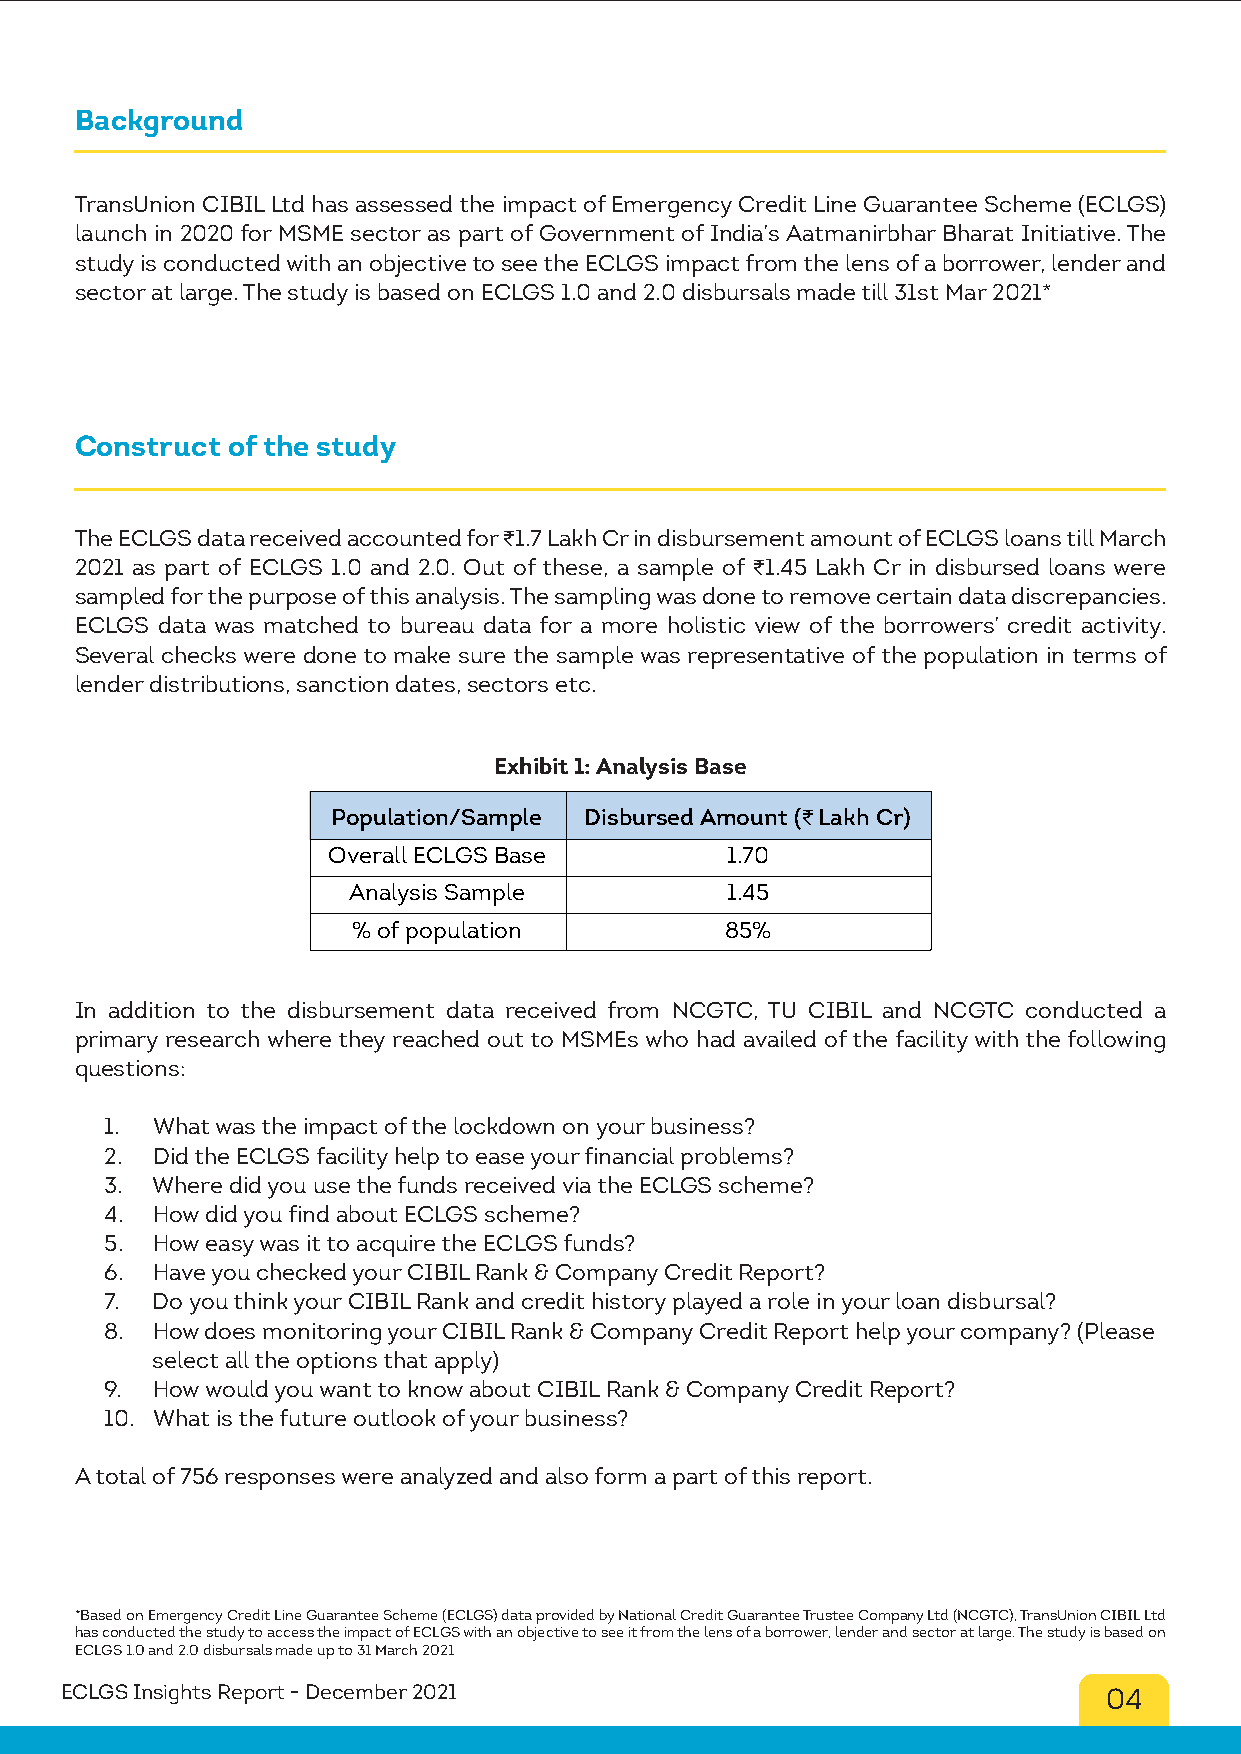
Background
 TransUnion CIBIL Ltd has assessed the impact of Emergency Credit Line Guarantee Scheme (ECLGS)
 launch in 2020 for MSME sector as part of Government of India’s Aatmanirbhar Bharat Initiative. The
 study is conducted with an objective to see the ECLGS impact from the lens of a borrower, lender and
 sector at large. The study is based on ECLGS 1.0 and 2.0 disbursals made till 31st Mar 2021*
 Construct of the study
 The ECLGS data received accounted for ₹1.7 Lakh Cr in disbursement amount of ECLGS loans till March
 2021 as part of ECLGS 1.0 and 2.0. Out of these, a sample of ₹1.45 Lakh Cr in disbursed loans were
 sampled for the purpose of this analysis. The sampling was done to remove certain data discrepancies.
 ECLGS data was matched to bureau data for a more holistic view of the borrowers’ credit activity.
 Several checks were done to make sure the sample was representative of the population in terms of
 lender distributions, sanction dates, sectors etc.
 Exhibit 1: Analysis Base
 Population/Sample Disbursed Amount (₹ Lakh Cr)
 Overall ECLGS Base        1.70
 Analysis Sample          1.45
 % of population          85%
 In addition to the disbursement data received from NCGTC, TU CIBIL and NCGTC conducted a
 primary research where they reached out to MSMEs who had availed of the facility with the following
 questions:
 1. What was the impact of the lockdown on your business?
 2. Did the ECLGS facility help to ease your financial problems?
 3. Where did you use the funds received via the ECLGS scheme?
 4. How did you find about ECLGS scheme?
 5. How easy was it to acquire the ECLGS funds?
 6. Have you checked your CIBIL Rank & Company Credit Report?
 7. Do you think your CIBIL Rank and credit history played a role in your loan disbursal?
 8. How does monitoring your CIBIL Rank & Company Credit Report help your company? (Please
 select all the options that apply)
 9. How would you want to know about CIBIL Rank & Company Credit Report?
 10. What is the future outlook of your business?
 A total of 756 responses were analyzed and also form a part of this report.
 *Based on Emergency Credit Line Guarantee Scheme (ECLGS) data provided by National Credit Guarantee Trustee Company Ltd (NCGTC), TransUnion CIBIL Ltd
 has conducted the study to access the impact of ECLGS with an objective to see it from the lens of a borrower, lender and sector at large. The study is based on
 ECLGS 1.0 and 2.0 disbursals made up to 31 March 2021
 ECLGS Insights Report - December 2021                                04